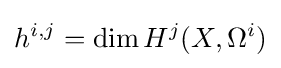
h^{i,j}=\dim H^{j}(X,\Omega ^{i})